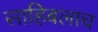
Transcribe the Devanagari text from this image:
साहिबलाच